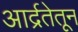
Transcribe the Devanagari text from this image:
आर्द्रतेतून